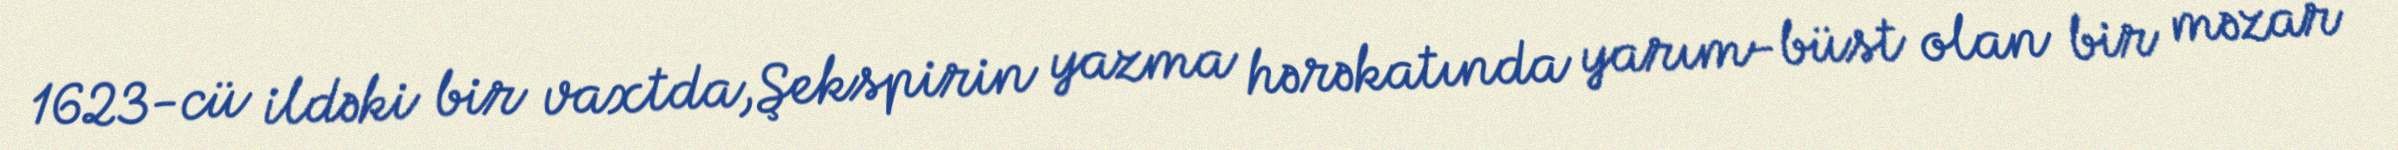
1623-cü ildəki bir vaxtda,Şekspirin yazma hərəkatında yarım-büst olan bir məzar